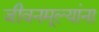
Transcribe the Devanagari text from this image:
जीवनमूल्यांना